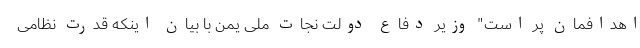
اهدافمان پر است" وزیر دفاع دولت نجات ملی یمن با بیان اینکه قدرت نظامی